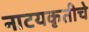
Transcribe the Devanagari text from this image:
नाटयकृतीचे